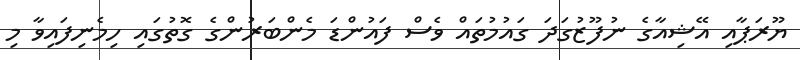
ޔޫރަޕާއި އޭޝިއާގެ ނުފޫޒުގަދަ ގައުމުތައް ވެސް ފައުންޑަ މެންބަރުންގެ ގޮތުގައި ހިމެނިފައިވާ މި